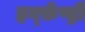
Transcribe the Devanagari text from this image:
इन्फ़ॅण्ट्री